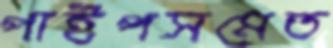
পাইপসমেত